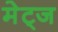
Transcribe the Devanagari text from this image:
मेट्ज